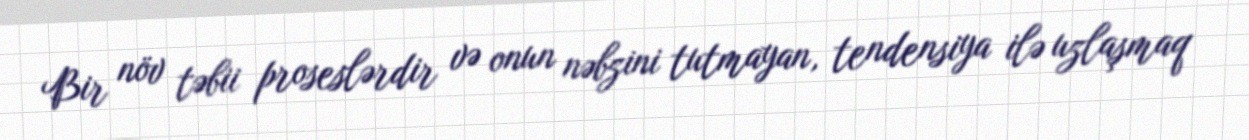
Bir növ təbii proseslərdir və onun nəbzini tutmayan, tendensiya ilə uzlaşmaq